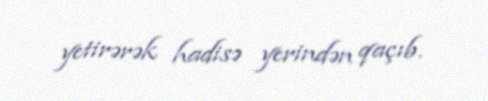
yetirərək hadisə yerindən qaçıb.